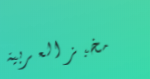
مخبز العربية